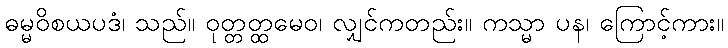
ဓမ္မဝိစယပဒံ၊ သည်။ ဝုတ္တတ္ထမေဝ၊ လျှင်ကတည်း။ ကသ္မာ ပန၊ ကြောင့်ကား။